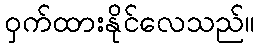
ဝှက်ထားနိုင်လေသည်။